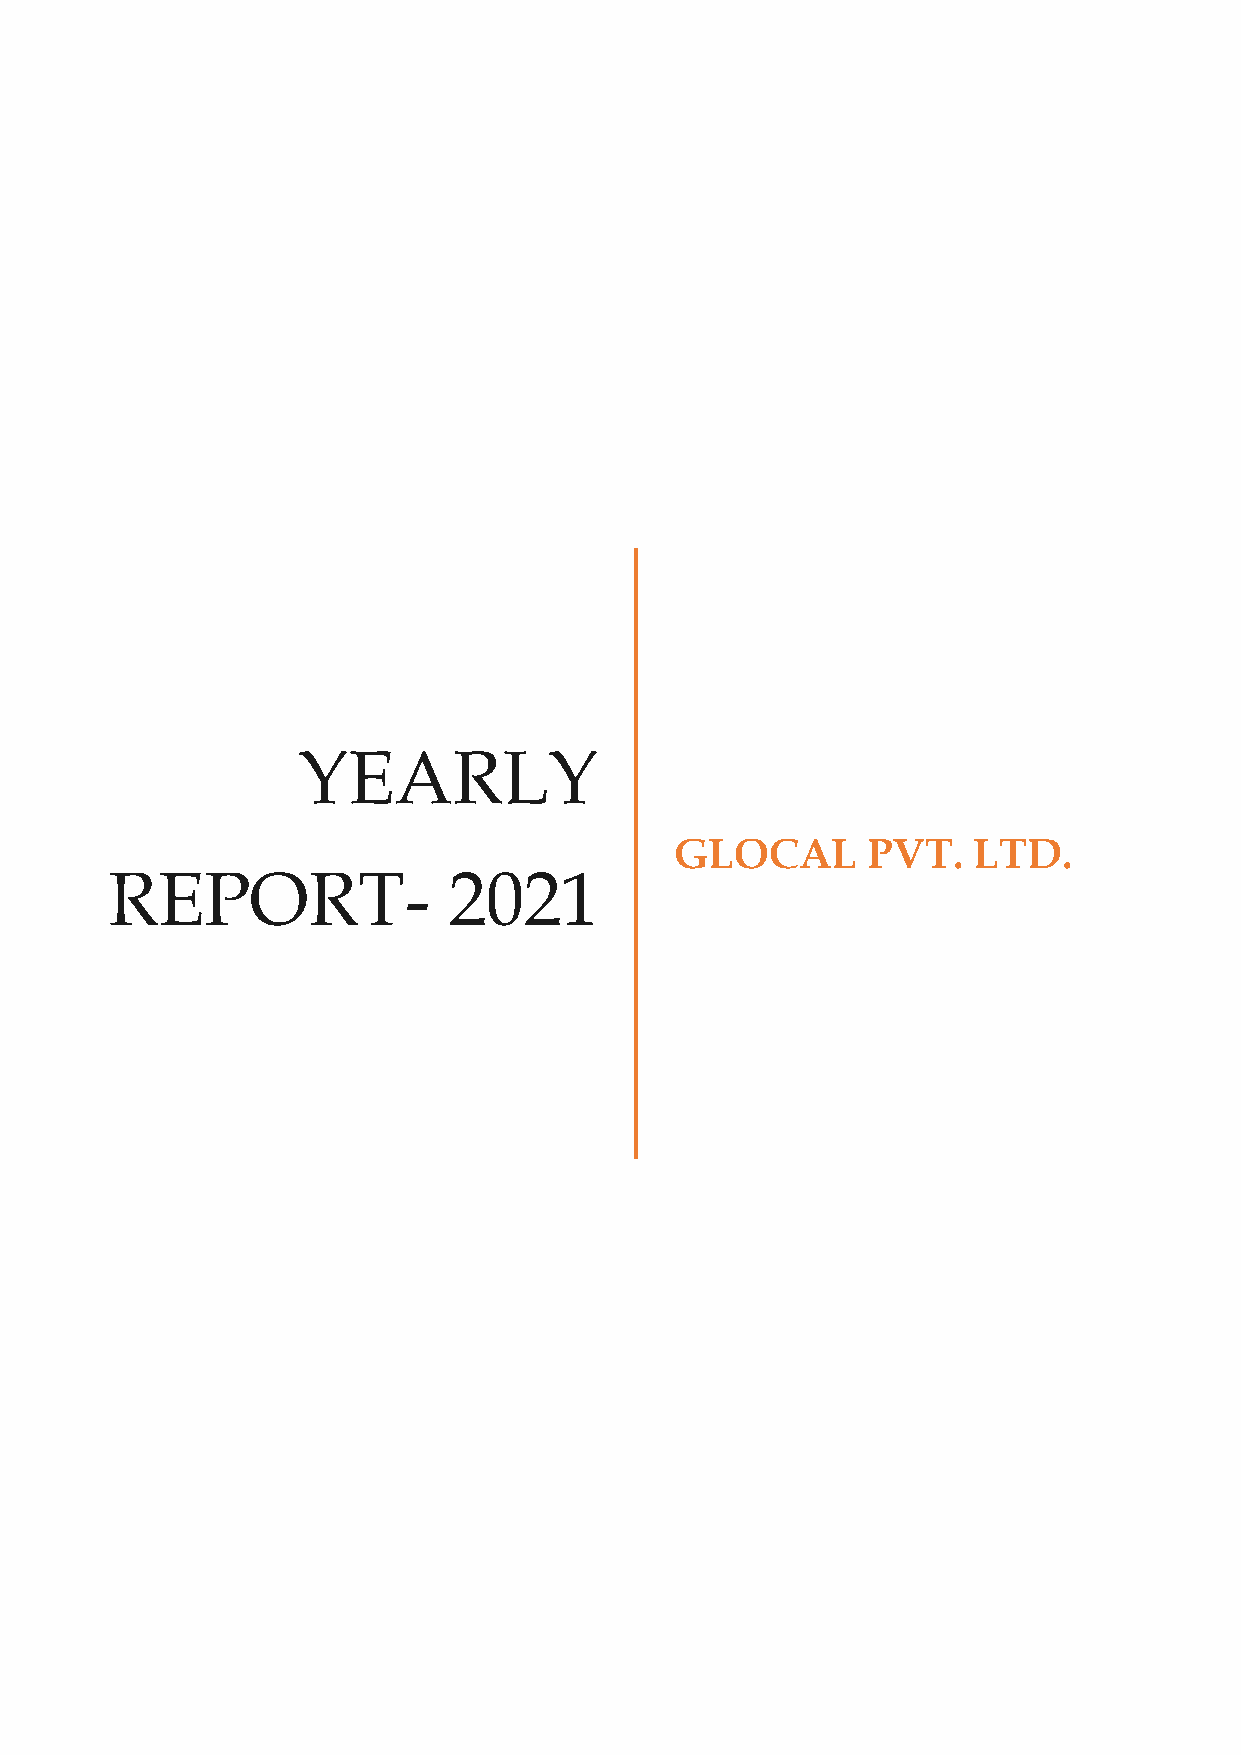
YEARLY
 GLOCAL      PVT.   LTD.
 REPORT-                2021